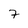
Character: 7